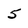
Character: 5